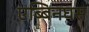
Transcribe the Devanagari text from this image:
एब्बिनघस